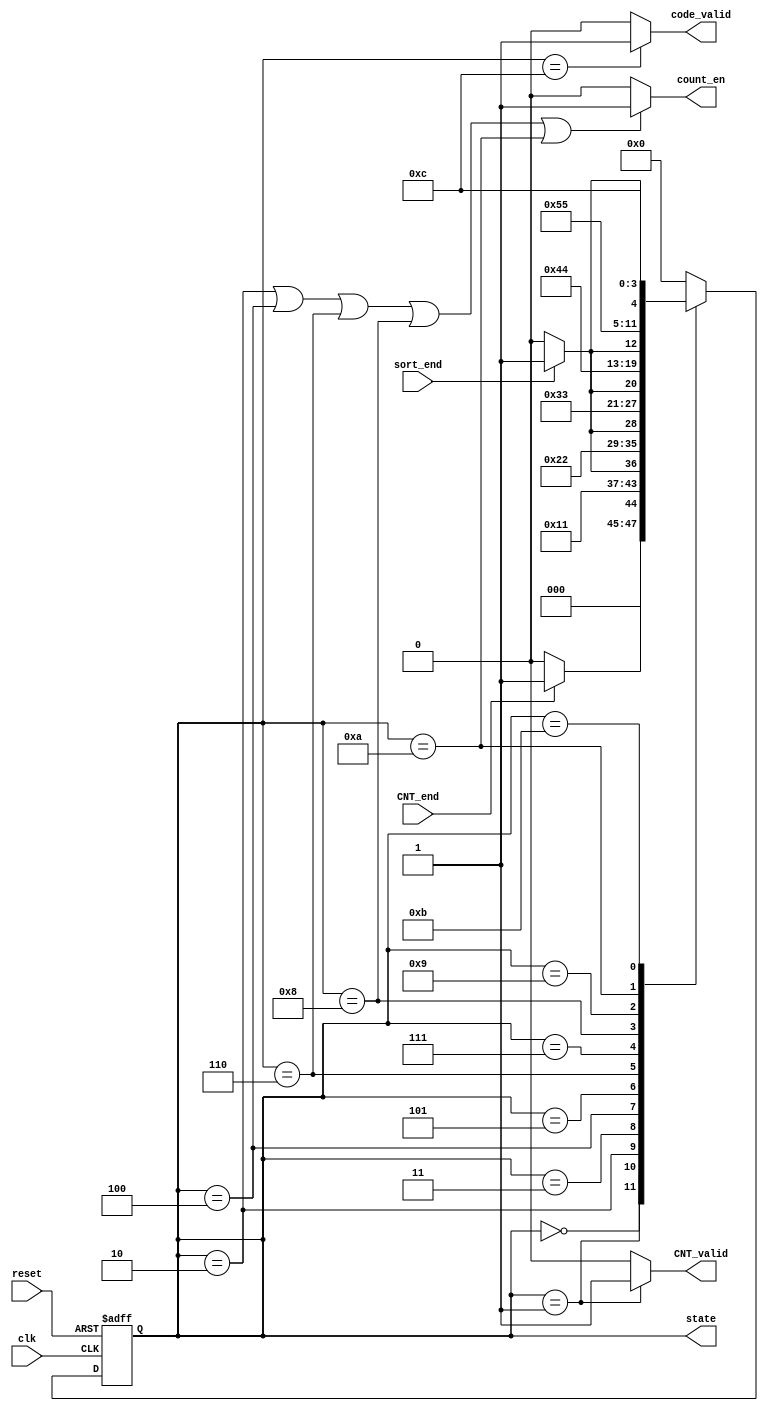
`timescale 1ns/10ps

module Control(clk,reset,CNT_end,sort_end,CNT_valid,count_en,state,code_valid);
input clk,reset,CNT_end,sort_end;
output CNT_valid,count_en,code_valid;
output [3:0]state;
reg	[3:0]	state, next_state;



parameter s0=4'd0, s1=4'd1, s2=4'd2, s3=4'd3, s4=4'd4;
parameter s5=4'd5, s6=4'd6, s7=4'd7, s8=4'd8, s9=4'd9, s10=4'd10;
parameter s11=4'd11, s12=4'd12;

// Sequential
always@(posedge clk or posedge reset)begin
	if (reset)
	state<=s0;
	else
	state<=next_state;
end

// Combinational
always@(*) begin
	case(state)
	s0:next_state = (CNT_end)?s1:s0;
	s1:next_state = s2;  //CNT_valid
	s2:next_state = (sort_end)?s3:s2;  //sort
	s3:next_state = s4;  //c1
	s4:next_state = (sort_end)?s5:s4;  //c1 sort
	s5:next_state = s6;  //c2
	s6:next_state = (sort_end)?s7:s6;  //c2 sort
	s7:next_state = s8;  //c3
	s8:next_state = (sort_end)?s9:s8;  //c3 sort
	s9:next_state = s10;  //c4
	s10:next_state = (sort_end)?s11:s10;  //c4 sort
	s11:next_state = s12;  //split
	s12:next_state = s0;
	default:next_state = s0;
	endcase
end

assign CNT_valid=(state==s1)?1'd1:1'd0;
assign count_en=(state==s2||state==s4||state==s6||state==s8||state==s10)?1'd1:1'd0;
assign code_valid=(state==s12)?1'd1:1'd0;
endmodule